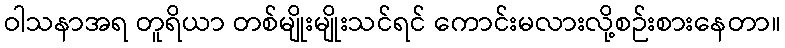
ဝါသနာအရ တူရိယာ တစ်မျိုးမျိုးသင်ရင် ကောင်းမလားလို့စဉ်းစားနေတာ။